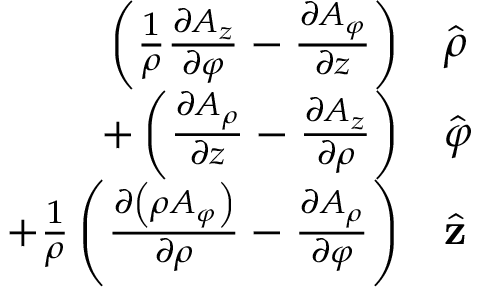
{ \begin{array} { r l } { \left( { \frac { 1 } { \rho } } { \frac { \partial A _ { z } } { \partial \varphi } } - { \frac { \partial A _ { \varphi } } { \partial z } } \right) } & { { \hat { \boldsymbol { \rho } } } } \\ { + \left( { \frac { \partial A _ { \rho } } { \partial z } } - { \frac { \partial A _ { z } } { \partial \rho } } \right) } & { { \hat { \boldsymbol { \varphi } } } } \\ { + { \frac { 1 } { \rho } } \left( { \frac { \partial \left( \rho A _ { \varphi } \right) } { \partial \rho } } - { \frac { \partial A _ { \rho } } { \partial \varphi } } \right) } & { { \hat { \mathbf { z } } } } \end{array} }